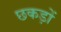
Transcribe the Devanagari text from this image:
छकड़ों